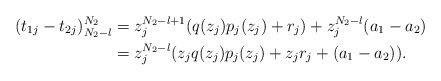
\begin{align*}(t_{1j}-t_{2j})_{N_2-l}^{N_2}&= z_j^{N_2-l+1}(q(z_j)p_j(z_j)+r_j)+z_j^{N_2-l}(a_{1}-a_{2})\\&=z_j^{N_2-l}(z_jq(z_j)p_j(z_j)+z_jr_j+(a_{1}-a_{2})).\end{align*}